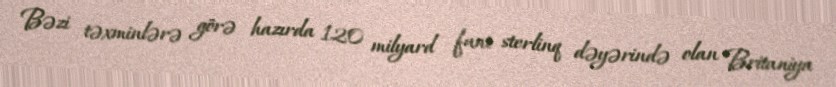
Bəzi təxminlərə görə hazırda 120 milyard funt sterlinq dəyərində olan Britaniya